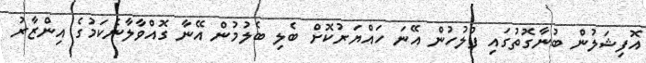
އޮފިޝަލުން ބުނާގޮތުގައި ފުލުހުން އޭނަ ހައްޔަރުކޮށް ބެލި ބެލުމުން އޭނާ ގޮއްވާލާނެކަމުގެ އިންޒާރު